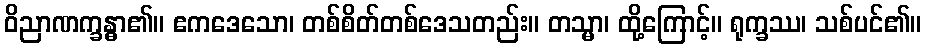
ဝိညာဏက္ခန္ဓာ၏။ ဧကဒေသော၊ တစ်စိတ်တစ်ဒေသတည်း။ တသ္မာ၊ ထို့ကြောင့်။ ရုက္ခဿ၊ သစ်ပင်၏။